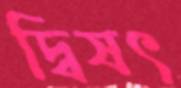
দ্বিষৎ